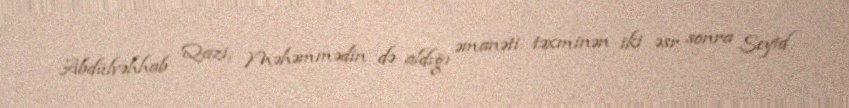
Abdülvəhhab Qazi, Məhəmmədin də aldığı əmanəti təxminən iki əsr sonra Seyid